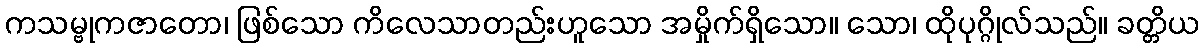
ကသမ္ဗုကဇာတော၊ ဖြစ်သော ကိလေသာတည်းဟူသော အမှိုက်ရှိသော။ သော၊ ထိုပုဂ္ဂိုလ်သည်။ ခတ္တိယ